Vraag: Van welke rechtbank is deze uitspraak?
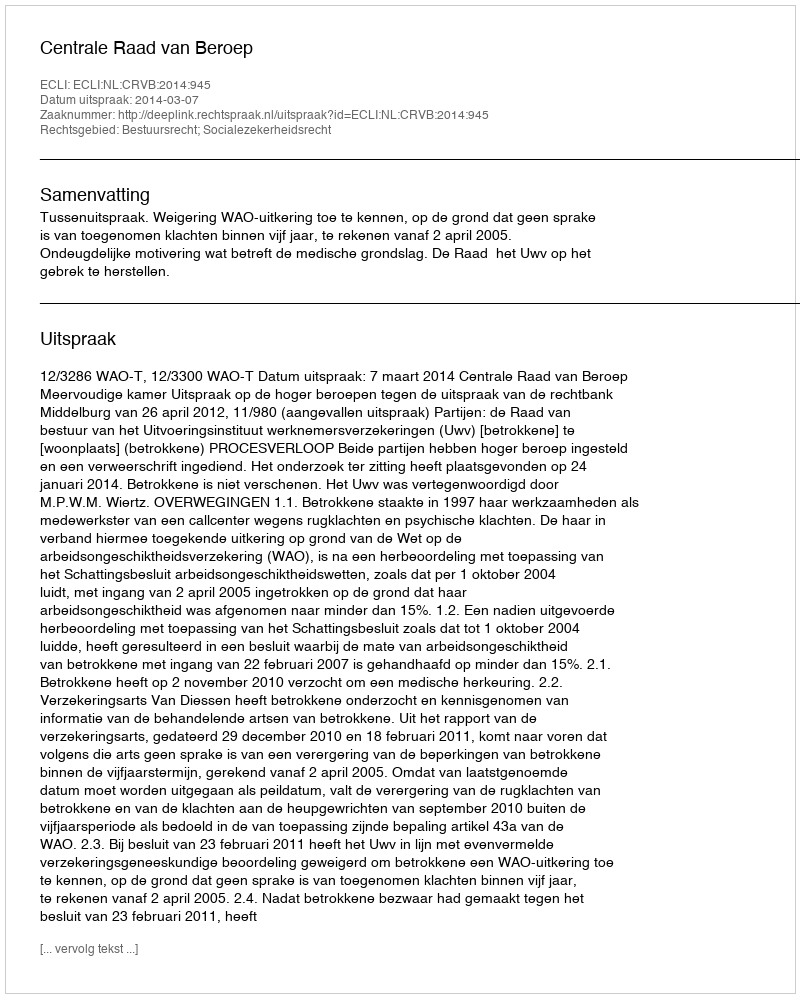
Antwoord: Centrale Raad van Beroep